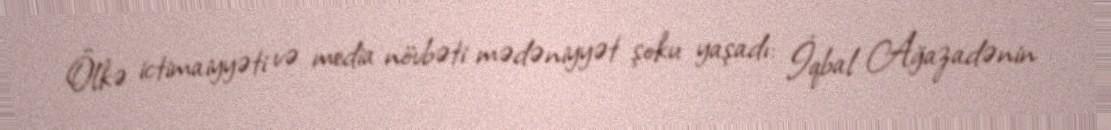
Ölkə ictimaiyyəti və media növbəti mədəniyyət şoku yaşadı: İqbal Ağazadənin